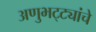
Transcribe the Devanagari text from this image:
अणुभट्ट्यांचे